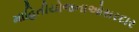
માહિતીયોજનાઓસરદાર